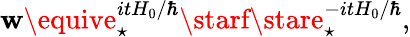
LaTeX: \mathbf{w}\equive_{\star}^{itH_{0}/\hbar}\starf\stare_{\star}^{-itH_{0}/\hbar},